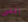
اقضى